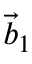
\vec { b } _ { 1 }